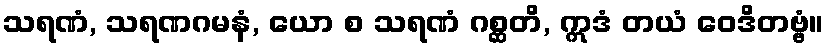
သရဏံ, သရဏဂမနံ, ယော စ သရဏံ ဂစ္ဆတိ, ဣဒံ တယံ ဝေဒိတဗ္ဗံ။